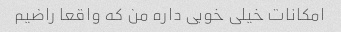
امکانات خیلی خوبی داره من که واقعا راضیم